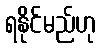
ရနိုင်မည်ဟု